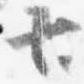
七